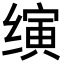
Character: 𬙂